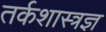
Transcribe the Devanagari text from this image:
तर्कशास्त्रज्ञ